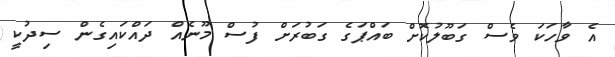
އެ ވާހަކަ ވެސް ގަބޫލުކޮށް ބައްޕަގެ ގަބުރަށް ފުސް މޫނެއް ދައްކައިގެން ސިދުކީ